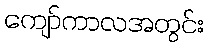
ကျော်ကာလအတွင်း